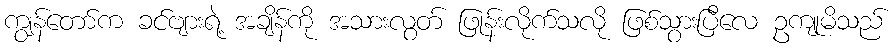
ကျွန်တော်က ခင်ဗျားရဲ့ အချိန်ကို အသားလွတ် ဖြုန်းလိုက်သလို ဖြစ်သွားပြီလေ ဥကျုမိသည်